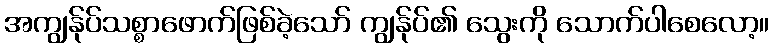
အကျွန်ုပ်သစ္စာဖောက်ဖြစ်ခဲ့သော် ကျွန်ုပ်၏ သွေးကို သောက်ပါစေလော့။